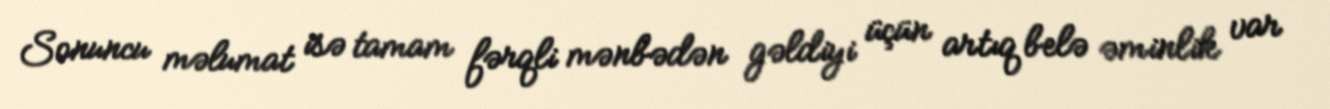
Sonuncu məlumat isə tamam fərqli mənbədən gəldiyi üçün artıq belə əminlik var